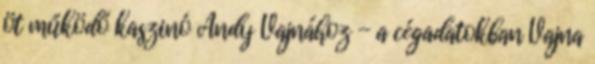
öt működő kaszinó Andy Vajnához - a cégadatokban Vajna